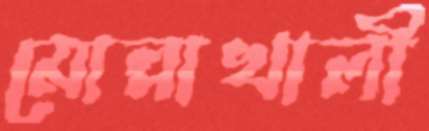
মোল্লাখালী